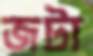
জটা